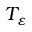
T _ { \varepsilon }